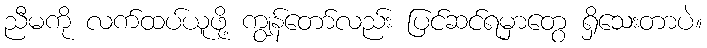
ညီမကို လက်ထပ်ယူဖို့ ကျွန်တော်လည်း ပြင်ဆင်ရမှာတွေ ရှိသေးတာပဲ။